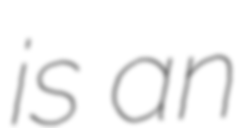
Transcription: is an